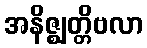
အနိဇ္ဈတ္တိဗလာ